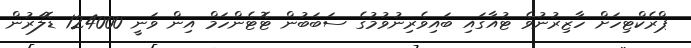
ޕްރެކްޓިހަށް ހާޒިރުނުވެ ޓުއާގައި ބައިވެރިނުވުމުގެ ސަބަބުން ޓޮޓެންހަމް އިން ވަނީ 124000 ޑޮލަރުން